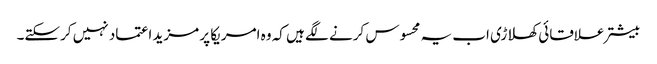
بیشتر علاقائی کھلاڑی اب یہ محسوس کرنے لگے ہیں کہ وہ امریکا پر مزید اعتماد نہیں کرسکتے۔